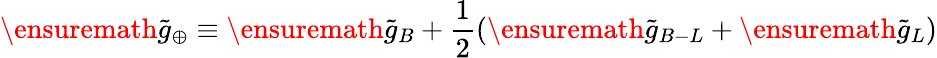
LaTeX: \ensuremath{\tilde{g}_{\oplus}}\equiv\ensuremath{\tilde{g}_{B}}+\frac{1}{2}(\ensuremath{\tilde{g}_{B-L}}+\ensuremath{\tilde{g}_{L}})